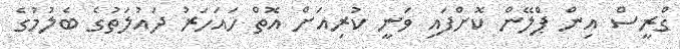
ގްރީސް އިން ޕްލޭން ކޮށްފައި ވަނީ ކުރިއަށް އޮތް ހައަހަރު ދައުލަތުގެ ބެލުމުގެ